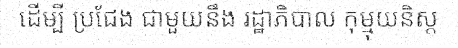
ដើម្បី ប្រជែង ជាមួយនឹង រដ្ឋាភិបាល កុម្មុយនិស្ត